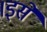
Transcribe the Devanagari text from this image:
।इसे